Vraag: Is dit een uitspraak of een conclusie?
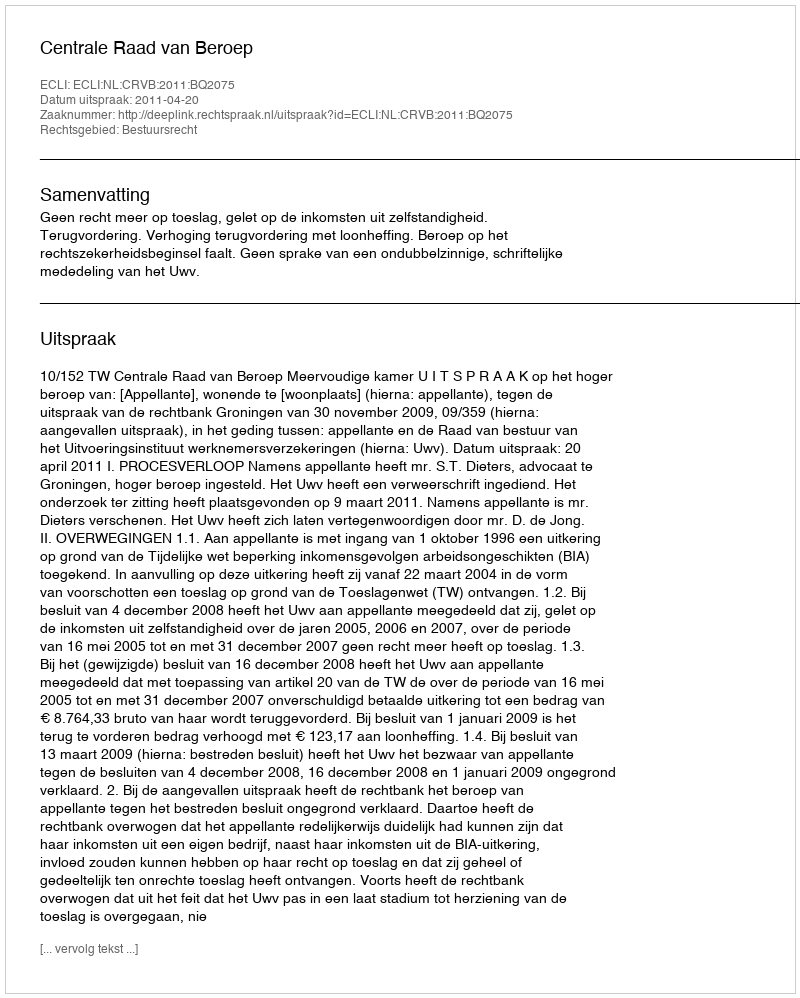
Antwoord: Uitspraak